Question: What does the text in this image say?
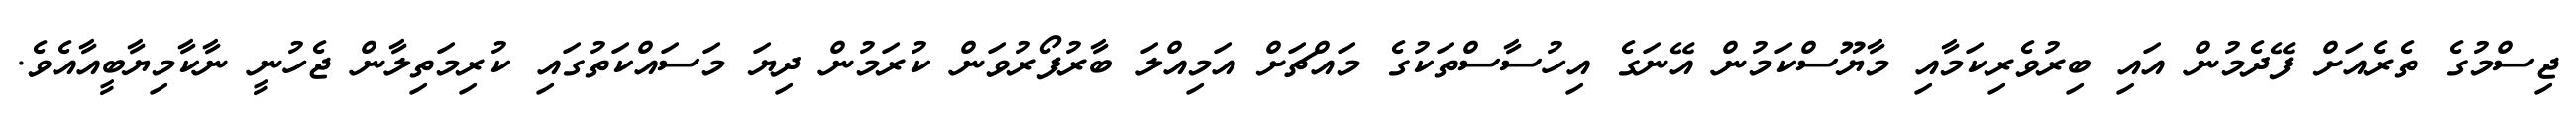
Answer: ޖިސްމުގެ ތެރެއަށް ފޭދެމުން އައި ބިރުވެރިކަމާއި މާޔޫސްކަމުން އޭނަގެ އިހުސާސްތަކުގެ މައްޗަށް އަމިއްލަ ބާރުފޯރުވަން ކުރަމުން ދިޔަ މަސައްކަތުގައި ކުރިމަތިލާން ޖެހުނީ ނާކާމިޔާބީއާއެވެ.